Vaccination in Bombay 1863-1868 - 1863-1868
Year: 1863
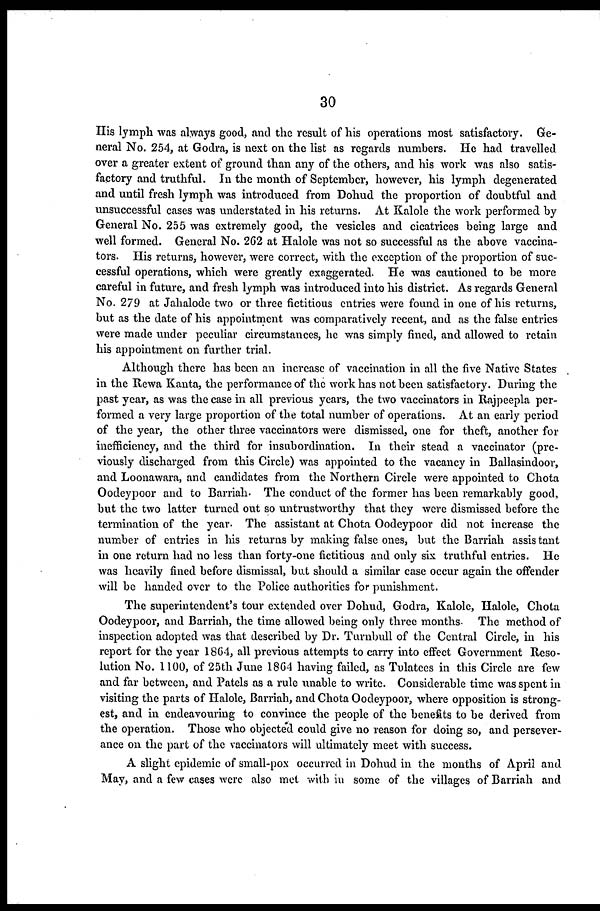
30
His lymph was always good, and the result of his operations most satisfactory. Ge-
neral No. 254, at Godra, is next on the list as regards numbers. He had travelled
over a greater extent of ground than any of the others, and his work was also satis-
factory and truthful. In the month of September, however, his lymph degenerated
and until fresh lymph was introduced from Dohud the proportion of doubtful and
unsuccessful cases was understated in his returns. At Kalole the work performed by
General No. 255 was extremely good, the vesicles and cicatrices being large and
well formed. General No. 262 at Halole was not so successful as the above vaccina-
tors. His returns, however, were correct, with the exception of the proportion of suc-
cessful operations, which were greatly exaggerated. He was cautioned to be more
careful in future, and fresh lymph was introduced into his district. As regards General
No. 279 at Jahalode two or three fictitious entries were found in one of his returns,
but as the date of his appointment was comparatively recent, and as the false entries
were made under peculiar circumstances, he was simply fined, and allowed to retain
his appointment on further trial.
Although there has been an increase of vaccination in all the five Native States
in the Rewa Kanta, the performance of the work has not been satisfactory. During the
past year, as was the case in all previous years, the two vaccinators in Rajpeepla per-
formed a very large proportion of the total number of operations. At an early period
of the year, the other three vaccinators were dismissed, one for theft, another for
inefficiency, and the third for insubordination. In their stead a vaccinator (pre-
viously discharged from this Circle) was appointed to the vacancy in Ballasindoor,
and Loonawara, and candidates from the Northern Circle were appointed to Chota
Oodeypoor and to Barriah. The conduct of the former has been remarkably good,
but the two latter turned out so untrustworthy that they were dismissed before the
termination of the year. The assistant at Chota Oodeypoor did not increase the
number of entries in his returns by making false ones, but the Barriah assistant
in one return had no less than forty-one fictitious and only six truthful entries. He
was heavily fined before dismissal, but should a similar case occur again the offender
will be handed over to the Police authorities for punishment.
The superintendent's tour extended over Dohud, Godra, Kalole, Halole, Chota
Oodeypoor, and Barriah, the time allowed being only three months. The method of
inspection adopted was that described by Dr. Turnbull of the Central Circle, in his
report for the year 1864, all previous attempts to carry into effect Government Reso¬
lution No. 1100, of 25th June 1864 having failed, as Tulatces in this Circle are few
and far between, and Patels as a rule unable to write. Considerable time was spent in
visiting the parts of Halole, Barriah, and Chota Oodeypoor, where opposition is strong-
est, and in endeavouring to convince the people of the benefits to be derived from
the operation. Those who objected could give no reason for doing so, and persever-
ance on the part of the vaccinators will ultimately meet with success.
A slight epidemic of small-pox occurred in Dohud in the months of April and
May, and a few cases were also met with in some of the villages of Barriah and